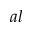
a l